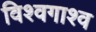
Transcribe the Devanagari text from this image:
विश्वगाश्व